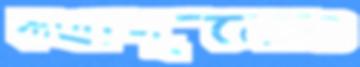
কথাগুলোও